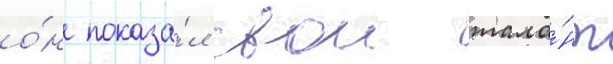
о́н показа́л свои тала́нт